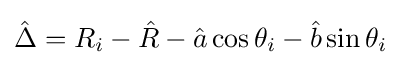
{\hat {\Delta }}=R_{i}-{\hat {R}}-{\hat {a}}\cos {\theta _{i}}-{\hat {b}}\sin {\theta _{i}}